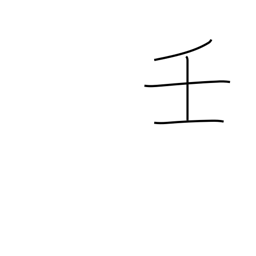
Meaning: 9th calendar sign